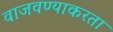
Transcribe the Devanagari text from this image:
वाजवण्याकरता